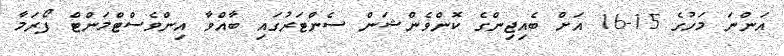
އަންނަ މަހުގެ 15-16 އަށް ބެއިޖިންގެ ކޮންވެންޝަން ސެންޓަރުގައި ބާއްވާ އިންވެސްޓްމަންޓް ފޯރަމާ